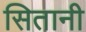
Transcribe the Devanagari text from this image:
सितानी